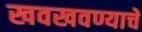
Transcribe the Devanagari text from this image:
खवखवण्याचे